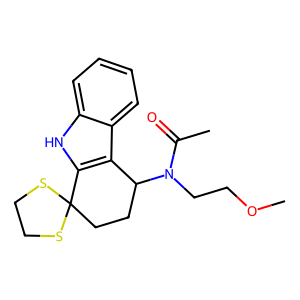
SMILES: COCCN(C(C)=O)C1CCC2(SCCS2)c2[nH]c3ccccc3c21
Inhibits HIV replication: No